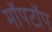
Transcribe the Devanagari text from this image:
मॉपटॉप